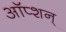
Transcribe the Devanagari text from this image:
ऑप्शन्